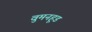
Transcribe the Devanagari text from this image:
वुमनहूड